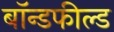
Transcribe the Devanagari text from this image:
बॉन्डफील्ड